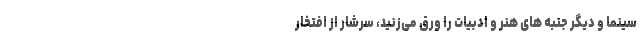
سینما و دیگر جنبه های هنر و ادبیات را ورق می‌زنید، سرشار از افتخار